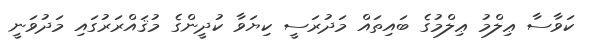
ކަވާސާ ޢިލްމު ޢިލްމުގެ ބައިތައް މަދުރަސީ ކިޔަވާ ކުދީންގެ މުޤައްރަރުގައި މަދުވަނީ